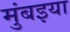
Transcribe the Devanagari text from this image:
मुंबइया